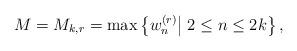
LaTeX: \begin{align*}M=M_{k,r}=\max\left\{w_n^{(r)}\big|\; 2\le n\le 2k\right\},\end{align*}